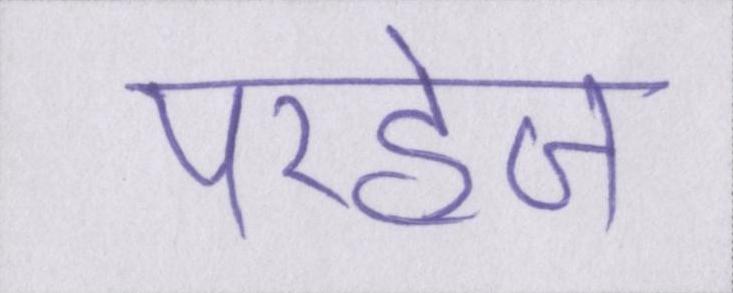
परहेज